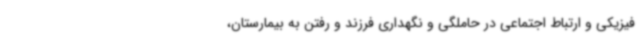
فیزیکی و ارتباط اجتماعی در حاملگی و نگهداری فرزند و رفتن به بیمارستان،